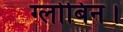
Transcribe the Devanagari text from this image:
ग्लोबिन।